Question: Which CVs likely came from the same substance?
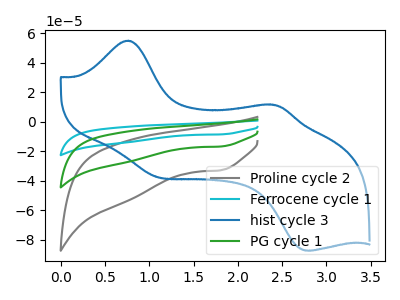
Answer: <think>The gray curve "Proline cycle 2" has a cathodic peak at: (1.80V, -32.90uA). The cyan curve "Ferrocene cycle 1" has a cathodic peak at: (1.80V, -33.45uA). The blue curve "hist cycle 3" has anodic peaks at (0.75V, 55.10uA) (2.35V, 11.75uA) and cathodic peaks at (1.05V, -36.85uA) (2.75V, -87.25uA). The green curve "PG cycle 1" has a cathodic peak at: (1.80V, -16.75uA).
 All the peaks in "Proline cycle 2" have a peak in "Ferrocene cycle 1" at the same potential. Every peak in "Proline cycle 2" is lower than every peak in "Ferrocene cycle 1". "Proline cycle 2" and "hist cycle 3" have a different number of peaks. All the peaks in "Proline cycle 2" have a peak in "PG cycle 1" at the same potential. Every peak in "Proline cycle 2" is higher than every peak in "PG cycle 1". "Ferrocene cycle 1" and "hist cycle 3" have a different number of peaks. All the peaks in "Ferrocene cycle 1" have a peak in "PG cycle 1" at the same potential. Every peak in "Ferrocene cycle 1" is higher than every peak in "PG cycle 1". "hist cycle 3" and "PG cycle 1" have a different number of peaks.</think>
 <answer>"Proline cycle 2", "Ferrocene cycle 1" and "PG cycle 1" have the same shape and are likely CV's of the same chemical.</answer>
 <eval>"Proline cycle 2" "Ferrocene cycle 1" "PG cycle 1"</eval>